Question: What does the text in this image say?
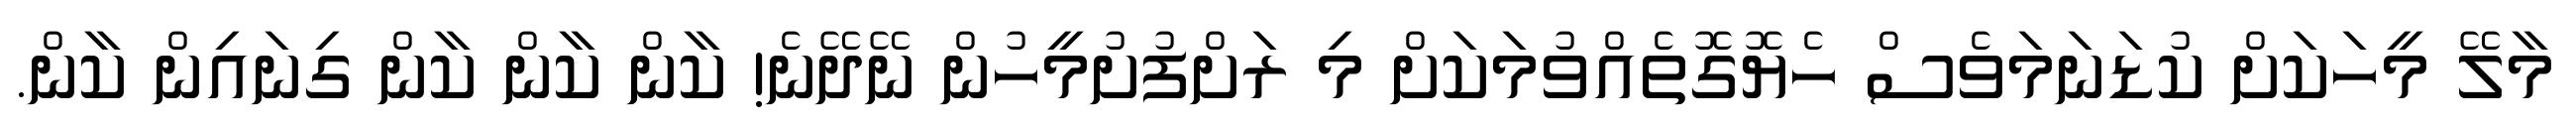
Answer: މާލޭ މީހަކަށް ކުޑަނަމަވެސް ހެޔޮގޮތެއްވުމަކަށް މި ރަށްފުށުމީހުން ނޭދޭނެ! ކާން ކާން ކާން ގިނައިން ކާން.